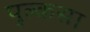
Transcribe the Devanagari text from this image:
पुल्कसा